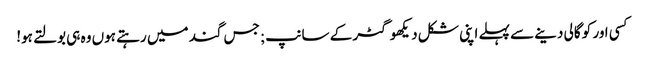
کسی اور کو گالی دینے سے پہلے اپنی شکل دیکھو گٹر کے سانپ; جس گند میں رہتے ہوں وہ ہی بولتے ہو!